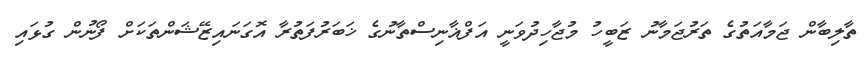
ތާލިބާން ޖަމާއަތުގެ ތަރުޖަމާނު ޒަބީހު މުޖާހިދުވަނީ އަފްޣާނިސްތާނުގެ ޚަބަރުފަތުރާ އޮގަނައިޒޭޝަންތަކަށް ފޯނުން ގުޅައި